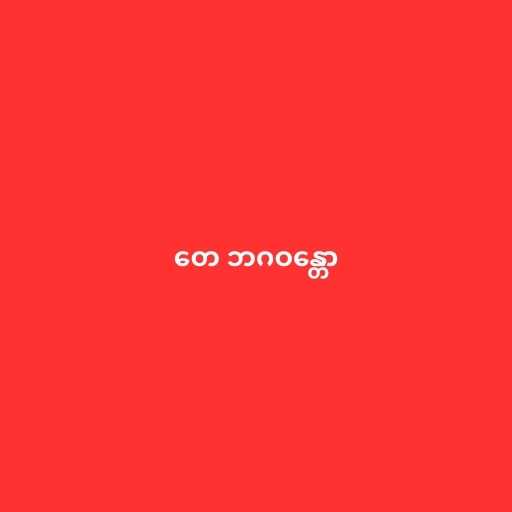
တေ ဘဂဝန္တော